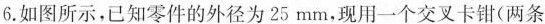
6.如图所示，已知零件的外径为25mm，现用一个交叉卡钳(两条